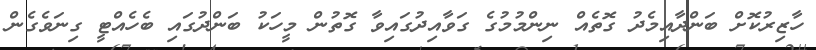
ހާޒިރުކޮށް ބަންދާއިމެދު ގޮތެއް ނިންމުމުގެ ގަވާއިދުގައިވާ ގޮތުން މީހަކު ބަންދުގައި ބެހެއްޓީ ގިނަވެގެން